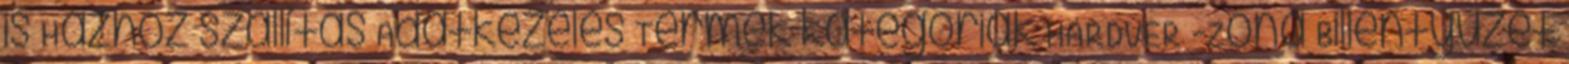
is Házhoz szállítás Adatkezelés Termék kategóriák HARDVER -Zóna Billentyűzet